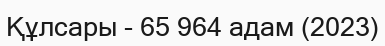
Құлсары - 65 964 адам (2023)